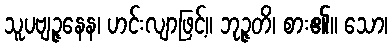
သူပဗျဉ္ဇနေန၊ ဟင်းလျာဖြင့်။ ဘုဉ္ဇတိ၊ စား၏။ သော၊